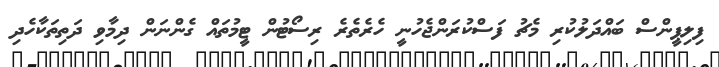
ފިލިޕީންސް ބައްދަލުކުރި މެޗު ފަސްކުރަންޖެހުނީ ހެރެތެރެ ރިސޯޓުން ޓީމުތައް ގެންނަން ދިމާވި ދަތިތަކާހެދި